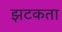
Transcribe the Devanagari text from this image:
झटकता